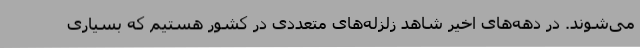
می‌شوند. در دهه‌های اخیر شاهد زلزله‌های متعددی در کشور هستیم که بسیاری